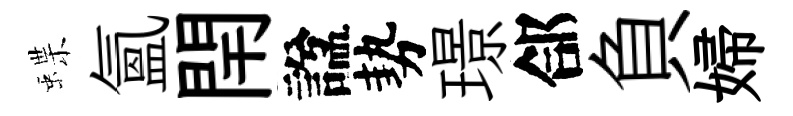
蝶氳閈諡勢璟郃負婦